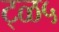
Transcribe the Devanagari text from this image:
ट्ळ५